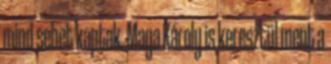
mind sebet kaptak. Maga Károly is keresztül ment a